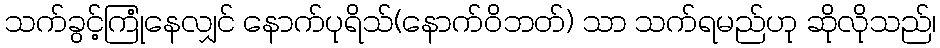
သက်ခွင့်ကြုံနေလျှင် နောက်ပုရိသ်(နောက်ဝိဘတ်) သာ သက်ရမည်ဟု ဆိုလိုသည်၊